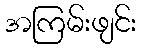
အကြမ်းဖျင်း